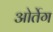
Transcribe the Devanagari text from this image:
ओर्तेग